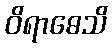
ဝိရာဓေသိ